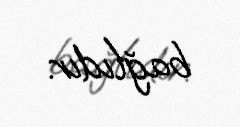
bağlıdır.